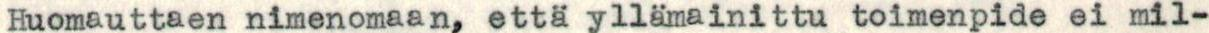
Huomauttaen nimenomaan, että yllämainittu toimenpide ei mil-